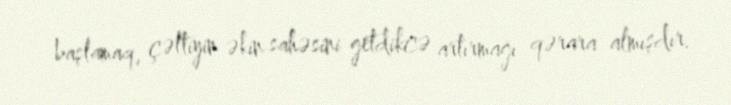
başlamaq, çəltiyin əkin sahəsini getdikcə artırmağı qərara almışdır.